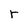
Character: r